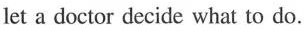
let a doctor decide what to do.